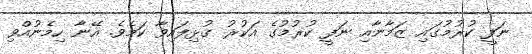
ނަފީ ކުރުމުގައި ޒަމާނާއި ނަފީ ކުރުމުގެ އަކުރު ގުޅިފައިވާ ކަމެވެ. އޭނާ ހިމެނުއްވި